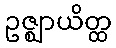
ဥဇ္ဈာယိတ္ထ